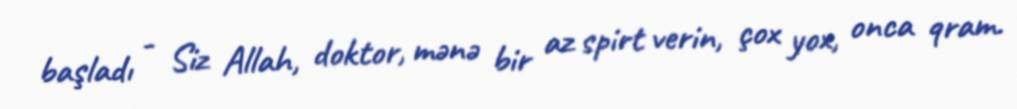
başladı - Siz Allah, doktor, mənə bir az spirt verin, çox yox, onca qram.